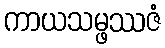
ကာယသမ္ဖဿဇံ